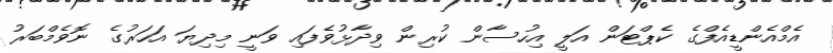
އެމްއެންޑީއެފްގެ ކެޕްޓަން އަލީ އިހުސާން ކުރިން ވިދާޅުވެފައި ވަނީ މިދިޔަ އަހަރުގެ ނޮވެމްބަރު